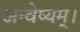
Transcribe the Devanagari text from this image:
अन्वेष्यम्।